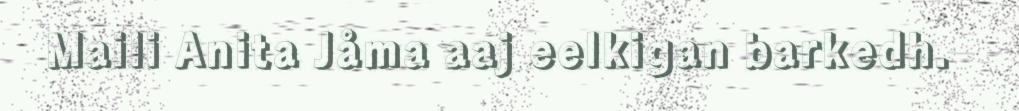
Maili Anita Jåma aaj eelkigan barkedh.